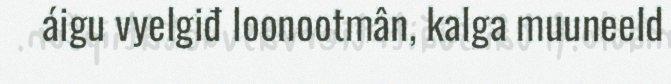
áigu vyelgiđ loonootmân, kalga muuneeld